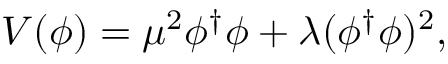
V ( \phi ) = \mu ^ { 2 } \phi ^ { \dagger } \phi + \lambda ( \phi ^ { \dagger } \phi ) ^ { 2 } ,